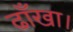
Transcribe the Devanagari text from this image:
ढाँखा।